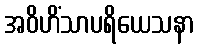
အဝိဟိံသာပရိယေသနာ